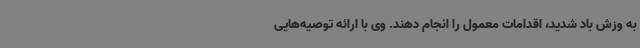
به وزش باد شدید، اقدامات معمول را انجام دهند. وی با ارائه توصیه‌هایی